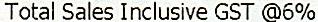
TOTAL SALES INCLUSIVE GST @6%